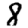
Digit: 8